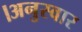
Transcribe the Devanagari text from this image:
।अनुस्वार